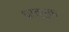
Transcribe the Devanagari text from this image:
धातुयुक्त